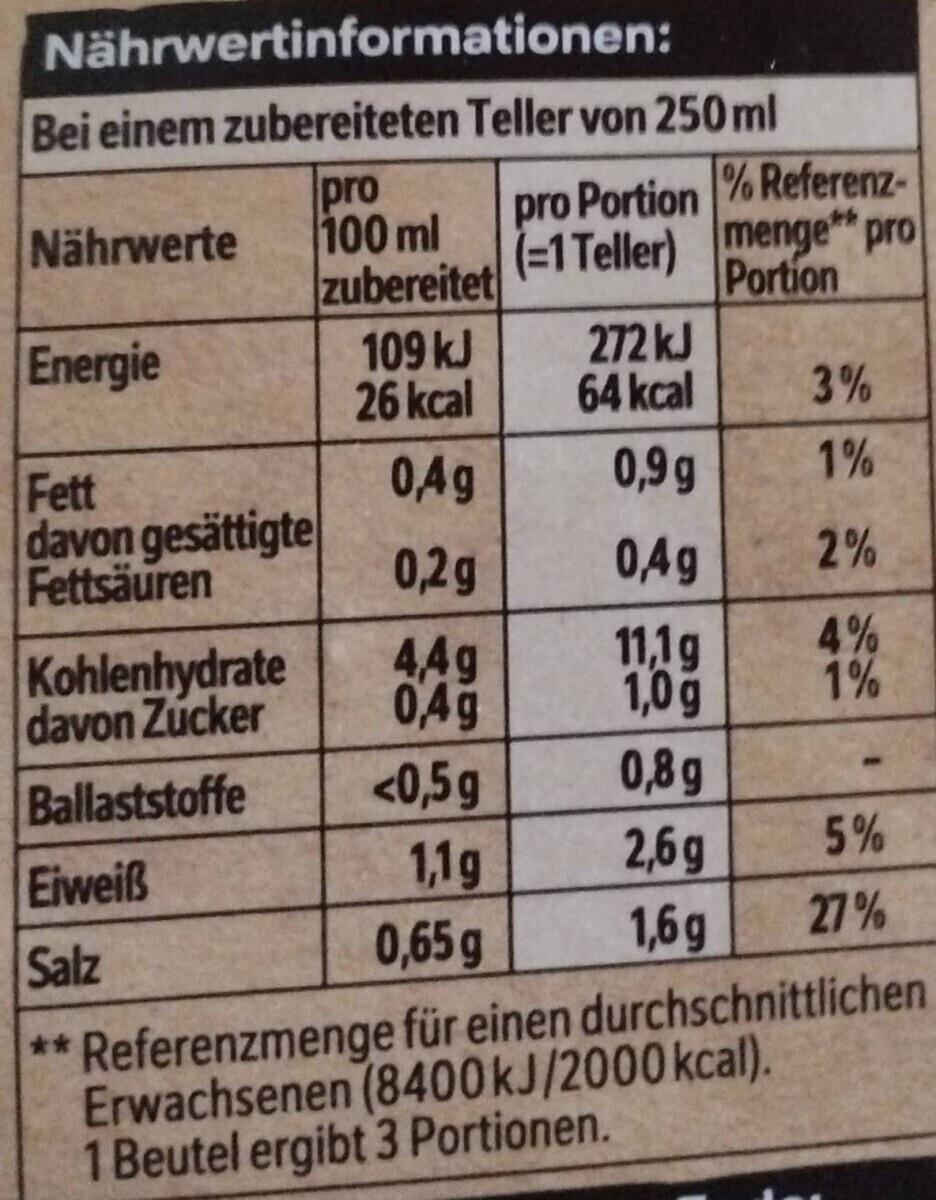
Nährwertinformationen:
Bei einem zubereiteten Teller von 250ml
pro 100 ml
zubereitet
Nährwerte
Energie
Fett davon gesättigte Fettsäuren
109 kJ
26 kcal
0,4g
0,2g
4,4g
0,4g
<0,5g
1,1g
0,65 g
pro Portion
(=1 Teller)
272 kJ
64 kcal
0,9g
0,4g
11,1g
1,0g
0,8g
2,6g
1,6g
% Referenz
menge pra
Portion
3%
1%
2%
4%
1%
Kohlenhydrate davon Zucker
Ballaststoffe
Eiweiß
Salz
** Referenzmenge für einen durchschnittlichen Erwachsenen (8400 kJ/2000kcal). 1 Beutel ergibt 3 Portionen.
5%
27%